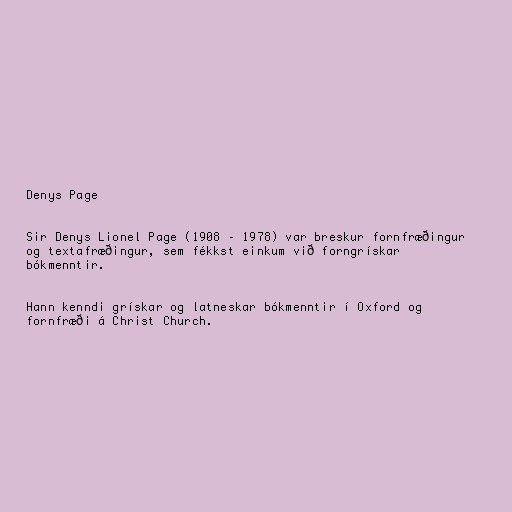
Denys Page

Sir Denys Lionel Page (1908 – 1978) var breskur fornfræðingur
og textafræðingur, sem fékkst einkum við forngrískar
bókmenntir.

Hann kenndi grískar og latneskar bókmenntir í Oxford og
fornfræði á Christ Church.